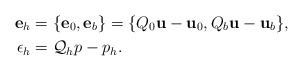
\begin{align*}\textbf{e}_h&=\{\textbf{e}_0,\textbf{e}_b\}=\{Q_0\textbf{u}-\textbf{u}_0,Q_b\textbf{u}-\textbf{u}_b\},\\ \epsilon_h&={\cal Q}_h p-p_h.\end{align*}